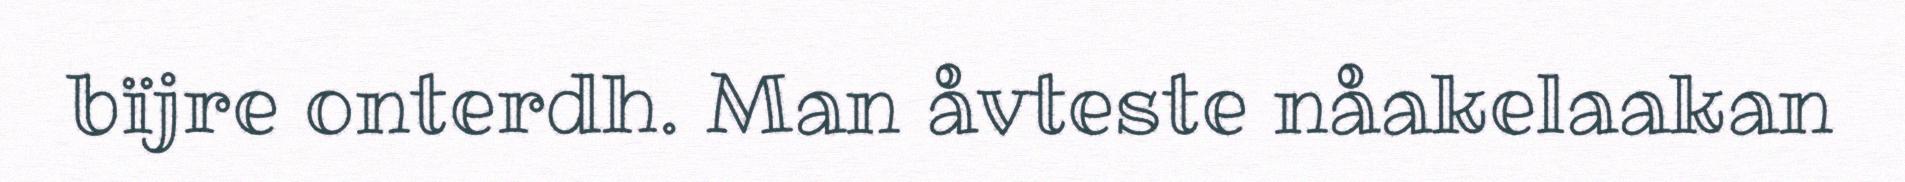
bïjre onterdh. Man åvteste nåakelaakan